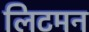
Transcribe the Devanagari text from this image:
लिटमन